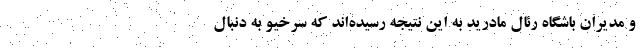
و مدیران باشگاه رئال مادرید به این نتیجه رسیده‌اند که سرخیو به دنبال